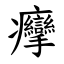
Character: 癴